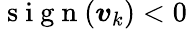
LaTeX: \mathrm{~s~i~g~n~}(\boldsymbol{v}_{k})<0